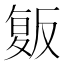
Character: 𰇄